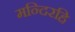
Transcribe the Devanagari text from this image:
मन्दिरहि